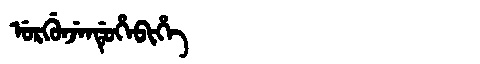
Manchu: ᡠᡵᡤᡠᠨᠵᡝᠨᡩᡠᡥᡝᠪᡳᡥᡝ
Romanization: URGUNJENDUHEBIHE